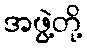
အဖွဲ့တို့